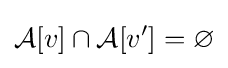
{\mathcal {A}}[v]\cap {\mathcal {A}}[v']=\varnothing